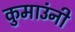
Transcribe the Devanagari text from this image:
कुमाउंनी